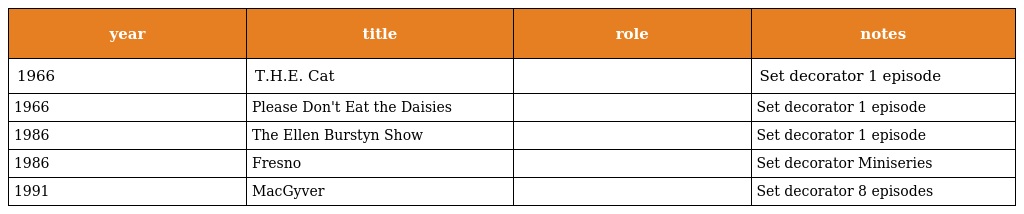
| year | title | role | notes |
 | --- | --- | --- | --- |
 | 1966 | T.H.E. Cat |  | Set decorator 1 episode |
 | 1966 | Please Don't Eat the Daisies |  | Set decorator 1 episode |
 | 1986 | The Ellen Burstyn Show |  | Set decorator 1 episode |
 | 1986 | Fresno |  | Set decorator Miniseries |
 | 1991 | MacGyver |  | Set decorator 8 episodes |